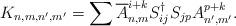
LaTeX: \begin{align*}K_{n,m,n',m'}=\sum\overline{A}^{i+k}_{n,m}S^{\dagger}_{ij} S_{jp}A^{p+k}_{n',m'}.\end{align*}